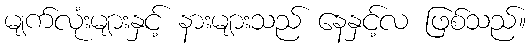
မျက်လုံးများနှင့် နားများသည် နေနှင့်လ ဖြစ်သည်။